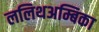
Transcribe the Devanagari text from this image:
ललिथअम्बिका